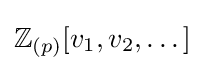
\mathbb {Z} _{(p)}[v_{1},v_{2},\dots ]